Madras plague regulations and rules for the city of Madras
Disease focus: Plague
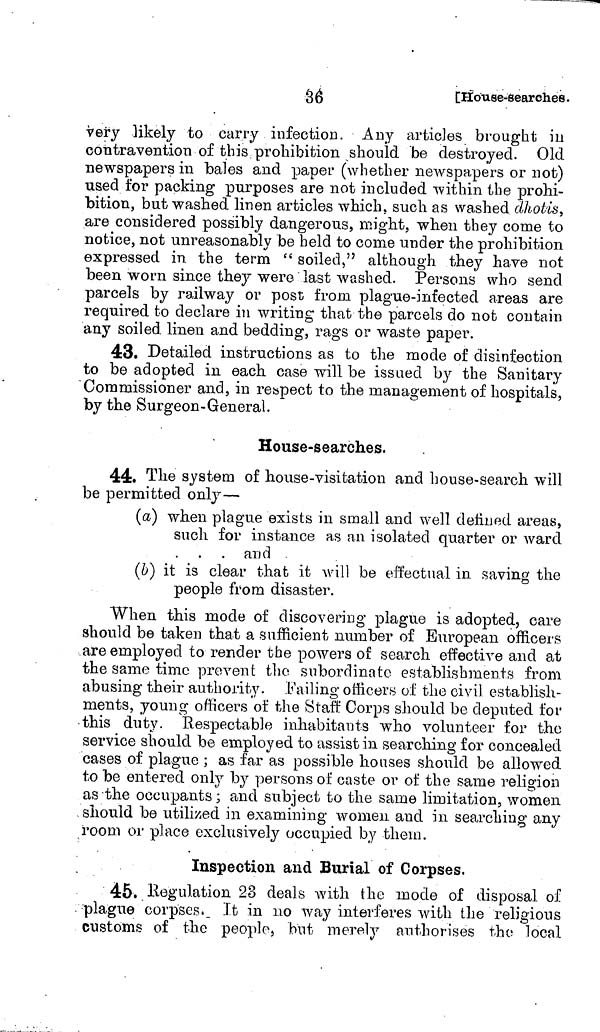
36
[House-searches.
veŕy likely to carry infection. Any articles brought in
contravention of this prohibition should be destroyed. Old
newspapers in bales and paper (whether newspapers or not)
used for packing purposes are not included within the prohi-
bition, but washed linen articles which, such as washed dhotis,
are considered possibly dangerous, might, when they come to
notice, not unreasonably be held to come under the prohibition
expressed in the term " soiled," although they have not
been worn since they were last washed. Persons who send
parcels by railway or post from plague-infected areas are
required to declare in writing that the parcels do not contain
any soiled linen and bedding, rags or waste paper.
43. Detailed instructions as to the mode of disinfection
to be adopted in each case will be issued by the Sanitary
Commissioner and, in respect to the management of hospitals,
by the Surgeon-General.
House-searches.
44. The system of house-visitation and house-search will
be permitted only—
(a) when plague exists in small and well defined areas,
such for instance as an isolated quarter or ward
. and
(b) it is clear that it will be effectual in saving the
people from disaster.
When this mode of discovering plague is adopted, care
should be taken that a sufficient number of European officers
are employed to render the powers of search effective and at
the same time prevent the subordinate establishments from
abusing their authority. Failing officers of the civil establish-
ments, young officers of the Staff Corps should be deputed for
this duty. Respectable inhabitants who volunteer for the
service should be employed to assist in searching for concealed
cases of plague ; as far as possible houses should be allowed
to be entered only by persons of caste or of the same religion
as-the occupants; and subject to the same limitation, women
should be utilized in examining women and in searching any
room or place exclusively occupied by them.
Inspection and Burial of Corpses.
45. Regulation 28 deals with the mode of disposal of
plague corpses. It in no way interferes with the religious
customs of the people, but merely authorises the; local